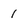
Character: 1